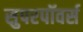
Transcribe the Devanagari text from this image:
सुपरपॉवर्स